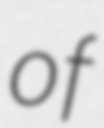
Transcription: of